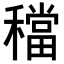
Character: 𥢷